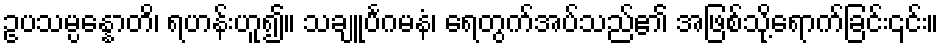
ဥပသမ္ပန္နောတိ၊ ရဟန်းဟူ၍။ သချူင်္ပဂမနံ၊ ရေတွက်အပ်သည်၏ အဖြစ်သို့ရောက်ခြင်း၎င်း။